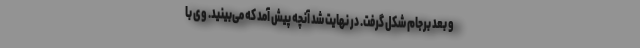
و بعد برجام شکل گرفت. در نهایت شد آنچه پیش آمد که می‌بینید. وی با